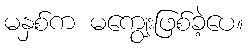
မနှစ်က မကျွေးဖြစ်ခဲ့ပေ။